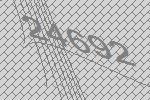
24692